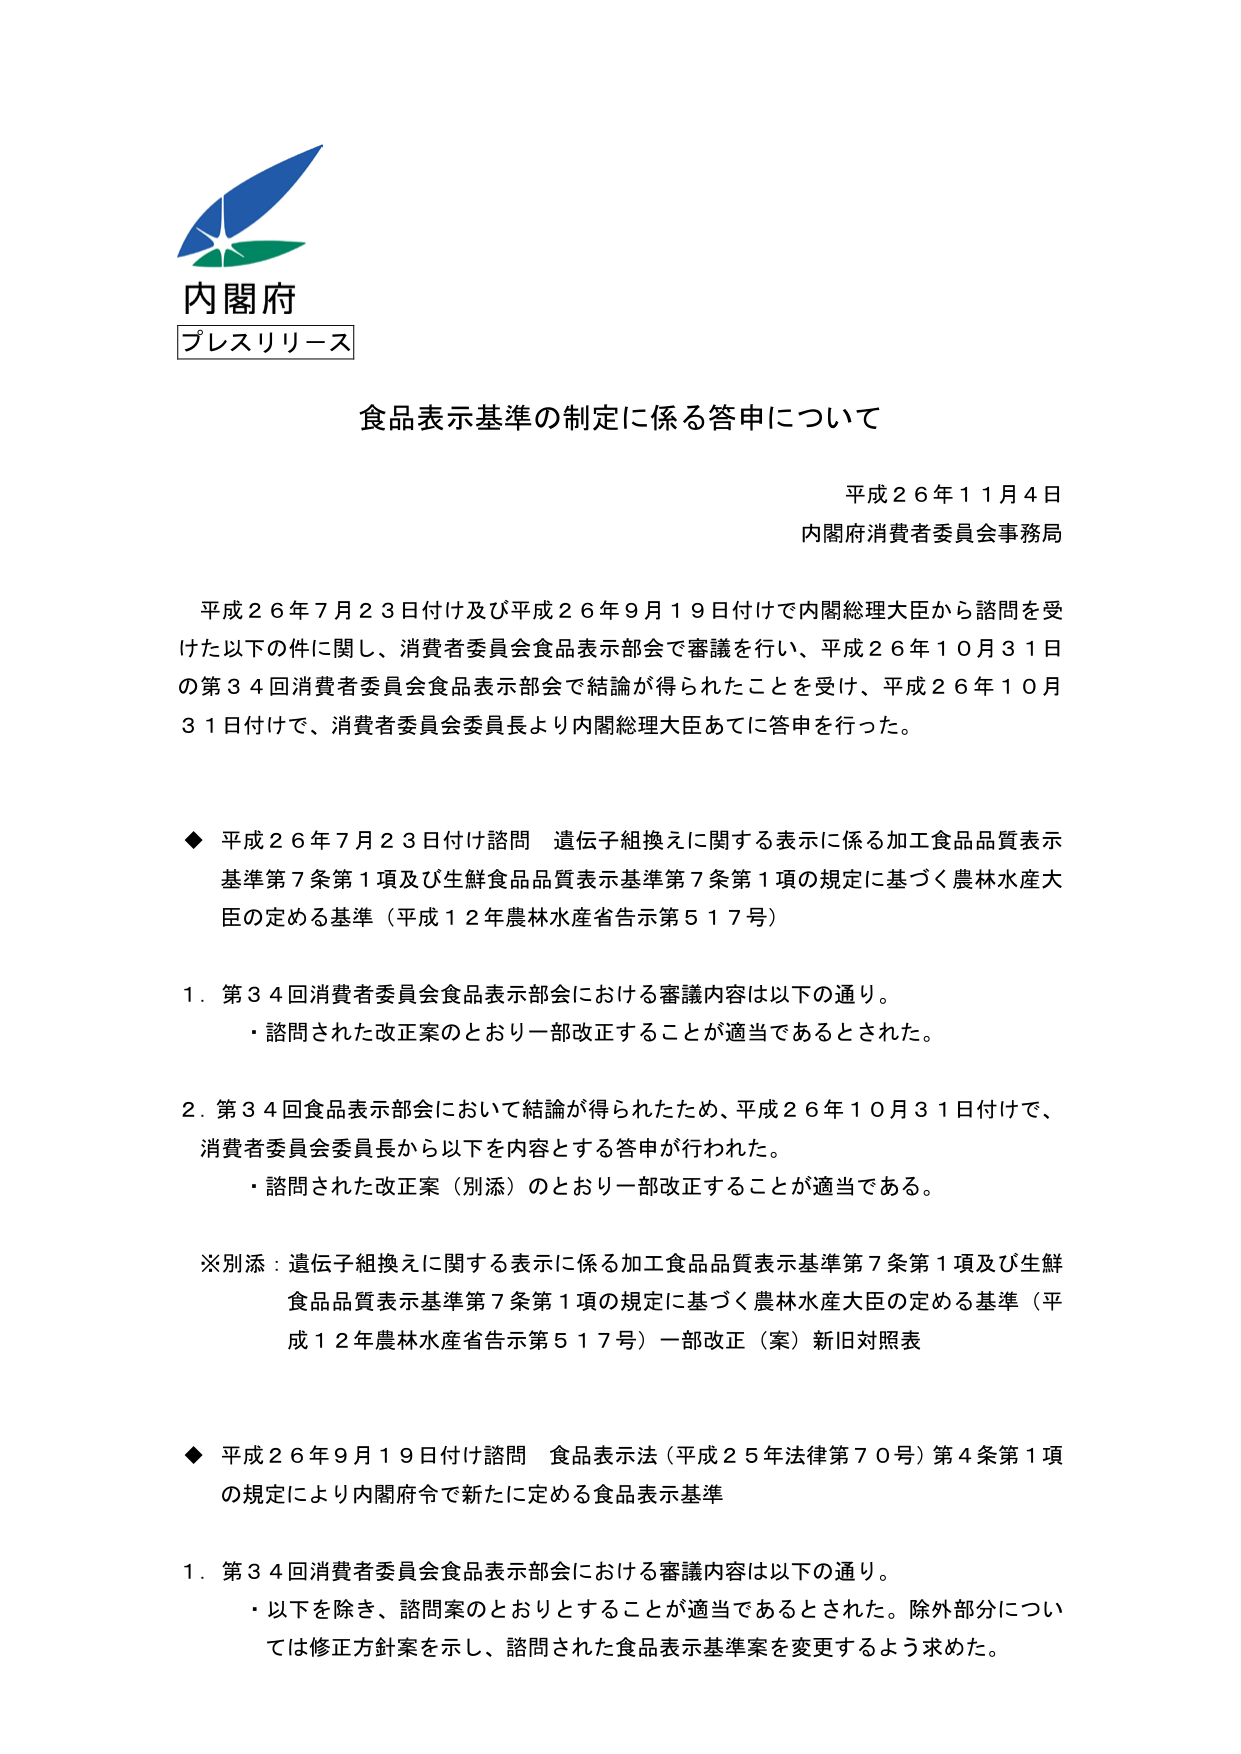
内閣府
プレスリリース

食品表示基準の制定に係る答申について

平成２６年１１月４日
内閣府消費者委員会事務局

平成２６年７月２３日付け及び平成２６年９月１９日付けで内閣総理大臣から諮問を受けた以下の件に関し、消費者委員会食品表示部会で審議を行い、平成２６年１０月３１日の第３４回消費者委員会食品表示部会で結論が得られたことを受け、平成２６年１０月３１日付けで、消費者委員会委員長より内閣総理大臣あてに答申を行った。

◆ 平成２６年７月２３日付け諮問 遺伝子組換えに関する表示に係る加工食品品質表示基準第７条第１項及び生鮮食品品質表示基準第７条第１項の規定に基づく農林水産大臣の定める基準（平成１２年農林水産省告示第５１７号）

１．第３４回消費者委員会食品表示部会における審議内容は以下の通り。
・諮問された改正案のとおり一部改正することが適当であるとされた。

２．第３４回食品表示部会において結論が得られたため、平成２６年１０月３１日付けで、消費者委員会委員長から以下を内容とする答申が行われた。
・諮問された改正案（別添）のとおり一部改正することが適当である。

※別添：遺伝子組換えに関する表示に係る加工食品品質表示基準第７条第１項及び生鮮食品品質表示基準第７条第１項の規定に基づく農林水産大臣の定める基準（平成１２年農林水産省告示第５１７号）一部改正（案）新旧対照表

◆ 平成２６年９月１９日付け諮問 食品表示法（平成２５年法律第７０号）第４条第１項の規定により内閣府令で新たに定める食品表示基準

１．第３４回消費者委員会食品表示部会における審議内容は以下の通り。
・以下を除き、諮問案のとおりとすることが適当であるとされた。除外部分については修正方針案を示し、諮問された食品表示基準案を変更するよう求めた。